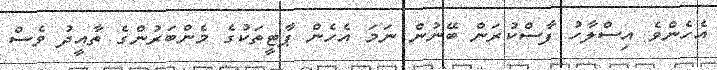
އެހެންވެ އިސްލާހު ފާސްކުރަން ބޭނުން ނަމަ އެހެން ޕާޓީތަކުގެ މެންބަރުންގެ ތާއީދު ވެސް